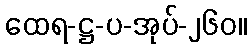
ထေရ-ဋ္ဌ-ပ-အုပ်-၂၆၀။